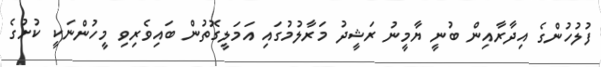
ފުލުހުންގެ އިދާރާއިން ބުނީ ޔާމީނު ރަޝީދު މަރާލުމުގައި އަމަލީގޮތުން ބައިވެރިވި މީހުންނަކީ ކުށުގެ